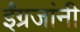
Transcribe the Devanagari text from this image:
ईंग्रजांनी